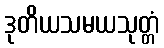
ဒုတိယသမယသုတ္တံ